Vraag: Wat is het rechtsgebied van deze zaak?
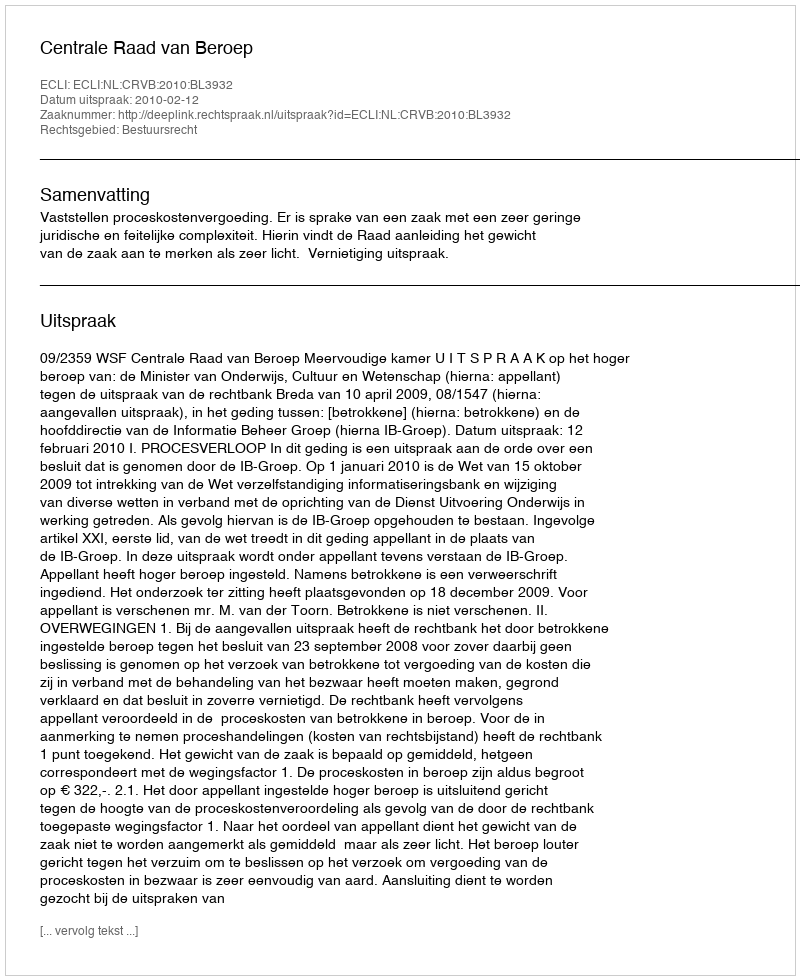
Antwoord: Bestuursrecht